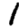
Digit: 1